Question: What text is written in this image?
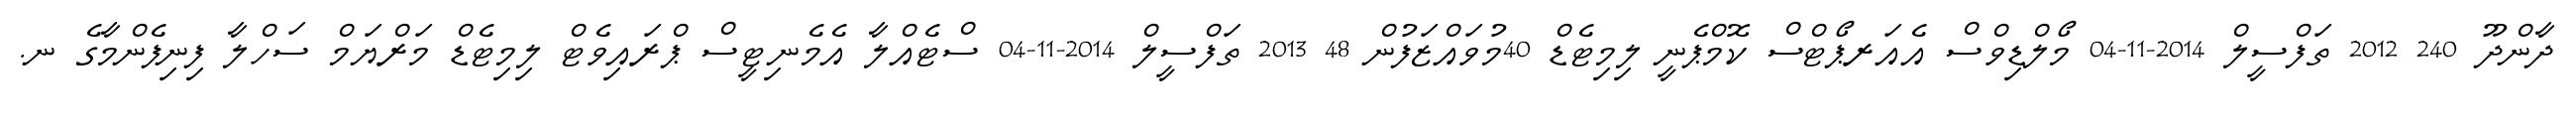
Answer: ދާންދޫ 240 2012 ތަފްސީލް 2014-11-04 މޯލްޑިވްސް އެއަރޕޯޓްސް ކޮމްޕެނީ ލިމިޓެޑް 40މުވައްޒަފުން 48 2013 ތަފްސީލް 2014-11-04 ސްޓެއްލާ އެމެނިޓީސް ޕްރައިވެޓް ލިމިޓެޑް މަރްޔަމް ސަހްލާ ފިނިފެންމާގެ ނ.